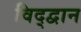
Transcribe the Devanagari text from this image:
विद्द्वान